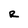
Character: R